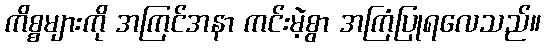
ကိစ္စများကို အကြင်အနာ ကင်းမဲ့စွာ အကြံပြုရလေသည်။